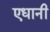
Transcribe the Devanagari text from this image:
एधानी